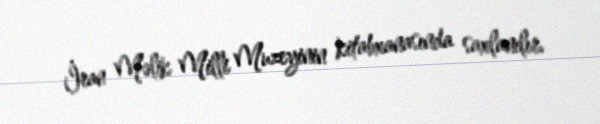
İran Məlik Milli Muzeyinin kitabxanasında saxlanılır.